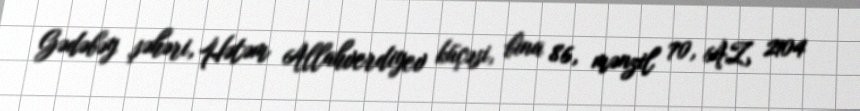
Gədəbəy şəhəri, Hətəm Allahverdiyev küçəsi, bina 86, mənzil 70, AZ 2104